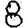
Digit: 8